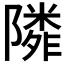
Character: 𨼺